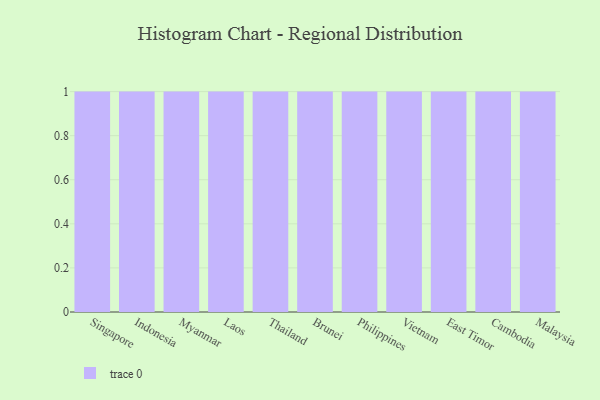
{"axis": {"x": "Country", "y": "Latency (ms)"}, "legend": [""], "data": [{"x": "Singapore", "y": 84, "type": ""}, {"x": "Indonesia", "y": 18, "type": ""}, {"x": "Myanmar", "y": 26, "type": ""}, {"x": "Laos", "y": 6, "type": ""}, {"x": "Thailand", "y": 42, "type": ""}, {"x": "Brunei", "y": 66, "type": ""}, {"x": "Philippines", "y": 30, "type": ""}, {"x": "Vietnam", "y": 43, "type": ""}, {"x": "East Timor", "y": 25, "type": ""}, {"x": "Cambodia", "y": 10, "type": ""}, {"x": "Malaysia", "y": 97, "type": ""}]}